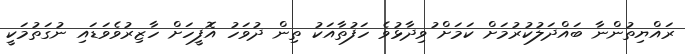
ރައްޔިތުންނާ ބައްދަލުކުރުމަށް ކަމަށް ުވިދާޅުވެ ހަފުތާއަކު ތިން ދުވަހު އޮފީހަށް ހާޒިރުވެވަޑައި ނުގަތުމަކީ